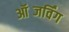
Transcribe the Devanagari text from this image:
ऑब्जर्विंग